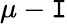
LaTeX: \mu-\mathtt{I}